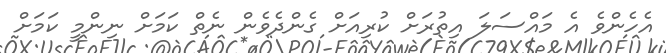
އެހެންވެ އެ މައްސަލަ އިތުރަށް ކުރިއަށް ގެންދެވެން ނެތް ކަމަށް ނިންމީ ކަމަށް